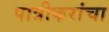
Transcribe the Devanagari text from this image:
पात्रीकरांचा